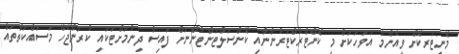
މޮނީޓަރކޮށް ވީއެންމެ އަވަހަކަށް މި ކޮންޓްރެކްޓަރުންނާއި ކޮންސަލްޓަންޓުންނަށް ފައިސާ ދިނުމަށްޓަކައި ކުރަންޖެހޭ މަސައްކަތްތައް